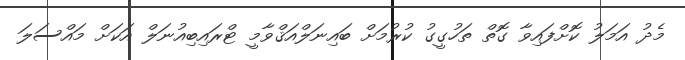
މެދު އަމަލު ކޮށްފައިވާ ގޮތް ތަހުގީގު ކުރުމަށް ބައިނަލްއަޤްވާމީ ޓްރައިބިއުނަލް އަކަށް މައްސަލަ